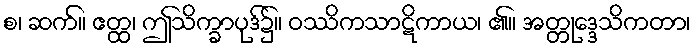
စ၊ ဆက်။ ဧတ္ထ၊ ဤသိက္ခာပုဒ်၌။ ဝဿိကသာဋိကာယ၊ ၏။ အတ္တုဒ္ဒေသိကတာ၊